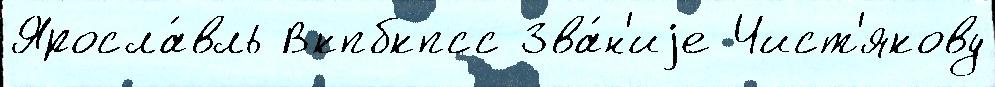
Яросла́вль Вкпбкпсс Зва́н'иjе Чист'якову